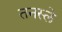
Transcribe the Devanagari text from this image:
तनस्ले